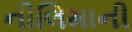
નીલિમાની